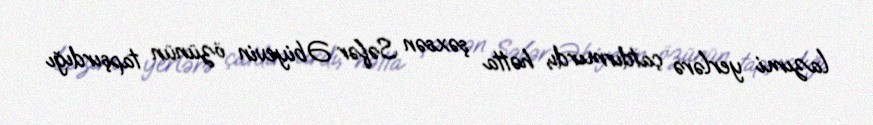
lazımi yerlərə çatdırmırdı, hətta şəxsən Səfər Əbiyevin özünün tapşırdığı